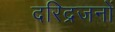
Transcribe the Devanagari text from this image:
दरिद्रजनों